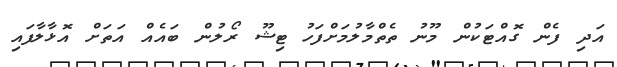
އަދި ފެން ގޮއްޓަކުން މޫނު ތެތްމާލުމަށްފަހު ޓިޝޫ ރޯލުން ބައެއް އަތަށް އޮޅާލާފައި